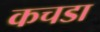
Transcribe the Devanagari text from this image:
कचडा